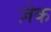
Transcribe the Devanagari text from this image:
ज़ेक